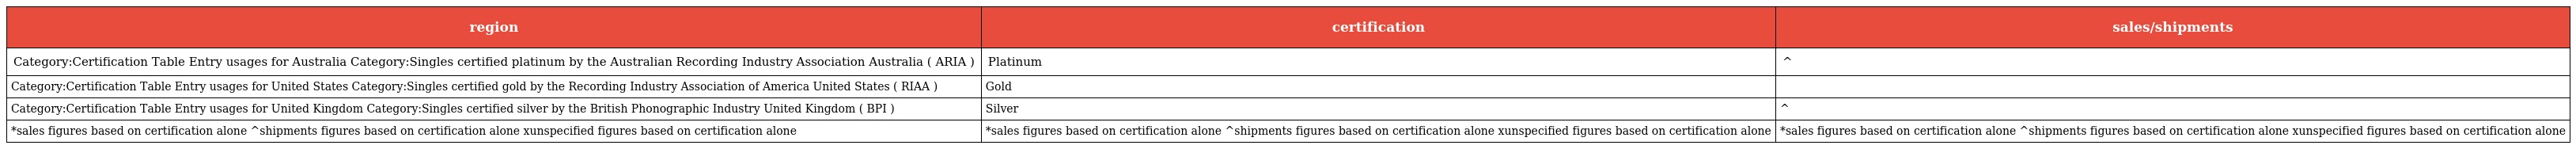
| region | certification | sales/shipments |
 | --- | --- | --- |
 | Category:Certification Table Entry usages for Australia Category:Singles certified platinum by the Australian Recording Industry Association Australia ( ARIA ) | Platinum | ^ |
 | Category:Certification Table Entry usages for United States Category:Singles certified gold by the Recording Industry Association of America United States ( RIAA ) | Gold |  |
 | Category:Certification Table Entry usages for United Kingdom Category:Singles certified silver by the British Phonographic Industry United Kingdom ( BPI ) | Silver | ^ |
 | *sales figures based on certification alone ^shipments figures based on certification alone xunspecified figures based on certification alone | *sales figures based on certification alone ^shipments figures based on certification alone xunspecified figures based on certification alone | *sales figures based on certification alone ^shipments figures based on certification alone xunspecified figures based on certification alone |